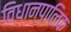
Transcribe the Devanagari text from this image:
विधानपालिक